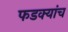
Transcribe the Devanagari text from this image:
फडक्यांच